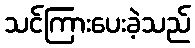
သင်ကြားပေးခဲ့သည်